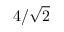
4 / \sqrt { 2 }